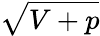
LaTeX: \sqrt{V+p}